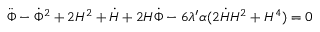
\ddot { \Phi } - \dot { \Phi } ^ { 2 } + 2 H ^ { 2 } + \dot { H } + 2 H \dot { \Phi } - 6 \lambda ^ { \prime } \alpha ( 2 \dot { H } H ^ { 2 } + H ^ { 4 } ) = 0